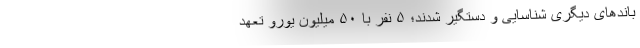
باندهای دیگری شناسایی و دستگیر شدند؛ ۵ نفر با ۵۰ میلیون یورو تعهد